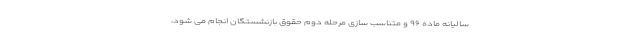
سالیانه ماده ۹۶ و متناسب سازی مرحله دوم حقوق بازنشستگان انجام می شود،